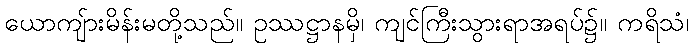
ယောကျ်ားမိန်းမတို့သည်။ ဥဿဋ္ဌာနမှိ၊ ကျင်ကြီးသွားရာအရပ်၌။ ကရိသံ၊